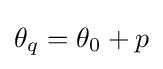
\theta _{q}=\theta _{0}+p